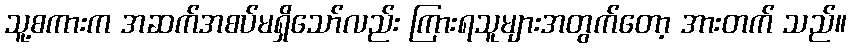
သူ့စကားက အဆက်အစပ်မရှိသော်လည်း ကြားရသူများအတွက်တော့ အားတက် သည်။